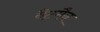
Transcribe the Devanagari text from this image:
वैटमैन